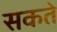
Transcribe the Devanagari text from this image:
सकते